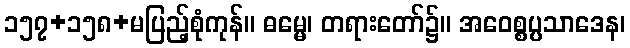
၁၅၇+၁၅၈+မပြည့်စုံကုန်။ ဓမ္မေ၊ တရားတော်၌။ အဝေစ္စပ္ပသာဒေန၊